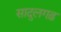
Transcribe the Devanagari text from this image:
सादुलगढ़